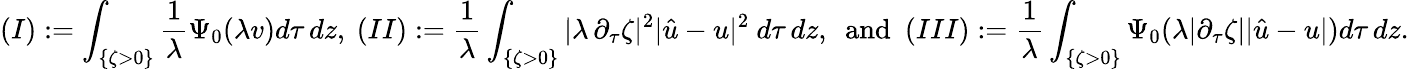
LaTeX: (I):=\int_{\{ \zeta>0\} }\frac{1}{\lambda}\Psi_{0}(\lambda v)d\tau\, dz,\ (II):=\frac{1}{\lambda}\int_{\{ \zeta>0\} }|\lambda\, \partial_{\tau}\zeta|^{2}|\hat{u}-u|^{2}\ d\tau\, dz,\ \mathrm{~and~}\ (III):=\frac{1}{\lambda}\int_{\{ \zeta>0\} }\Psi_{0}(\lambda|\partial_{\tau}\zeta||\hat{u}-u|)d\tau\, dz.